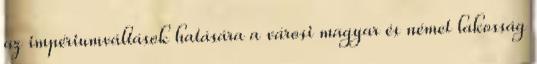
az impériumváltások hatására a városi magyar és német lakosság